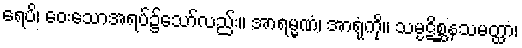
ရေပိ၊ ဝေးသောအရပ်၌သော်လည်း။ အာရမ္မဏံ၊ အာရုံကို။ သမ္ပဋိစ္ဆနသမတ္ထာ၊